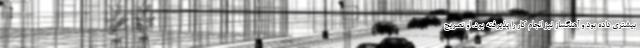
بیشتری داده بود و آهنگساز نیز انجام کار را پذیرفته بود. او تصریح